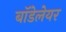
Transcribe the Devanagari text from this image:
बॉडेलेयर